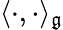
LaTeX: \langle\cdot,\cdot\rangle_{\mathfrak{g}}